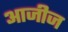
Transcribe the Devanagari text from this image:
आजीज